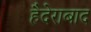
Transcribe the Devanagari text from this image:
हैदेराबाद